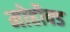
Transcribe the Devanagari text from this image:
मोहौक्ड